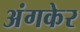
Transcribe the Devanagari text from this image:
अंगकेर